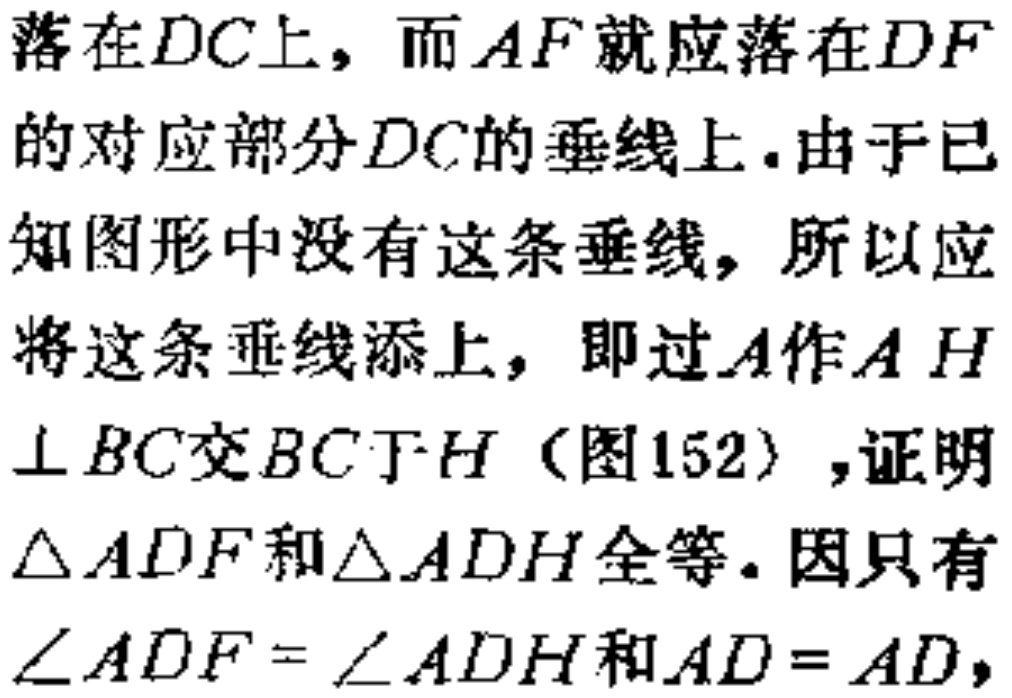
落在$DC$上，而$AF$就应落在$DF$的对应部分$DC$的垂线上．由于已知图形中没有这条垂线，所以应将这条垂线添上，即过$A$作$AH\perp BC$交$BC$于$H$（图152），证明$\triangle ADF$和$\triangle ADH$全等．因只有$\angle ADF = \angle ADH$和$AD = AD$，